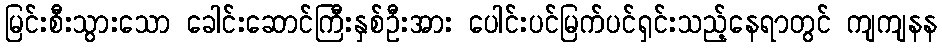
မြင်းစီးသွားသော ခေါင်းဆောင်ကြီးနှစ်ဦးအား ပေါင်းပင်မြက်ပင်ရှင်းသည့်နေရာတွင် ကျကျနန